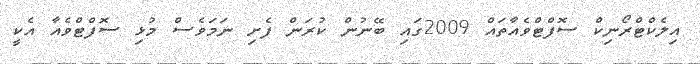
އިލެކްޓްރޯނިކް ސޮފްޓްވެއާތައް 2009ގައި ބޭނުން ކުރަން ފެށި ނަމަވެސް މުޅި ސޮފްޓްވެއާ އެކީ